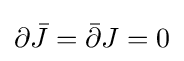
\partial {\bar {J}}={\bar {\partial }}J=0